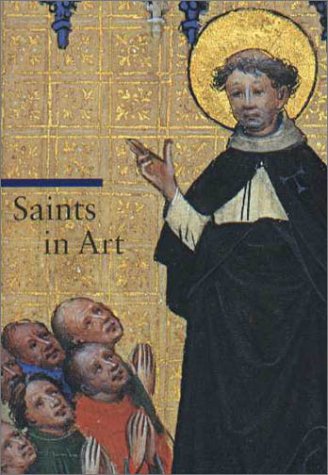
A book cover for Saints in Art (Guide to Imagery Series); Rosa Giorgi; Arts & Photography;